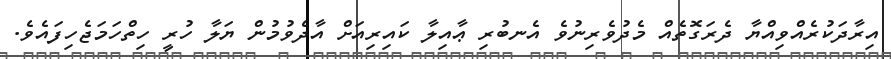
އިރާދަކުރެއްވިއްޔާ ދެރަގޮތެއް މެދުވެރިނުވެ އެނބުރި ޢާއިލާ ކައިރިއަށް އާދެވުމުން ޔަލާ ހުރީ ހިތްހަމަޖެހިފައެވެ.